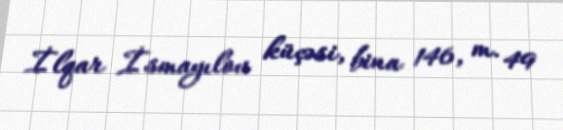
İlqar İsmayılov küçəsi, bina 146, m. 49